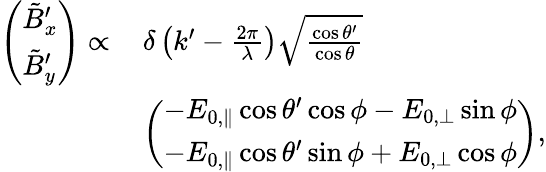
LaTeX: \begin{array}{rl}{\left(\begin{array}{l}{\tilde{B}_{x}^{\prime}}\\ {\tilde{B}_{y}^{\prime}}\end{array}\right)\propto\, }&{\delta\left(k^{\prime}-\frac{2\pi}{\lambda}\right)\sqrt{\frac{\cos\theta^{\prime}}{\cos\theta}}}\\ &{\left(\begin{array}{l}{-E_{0,\parallel}\cos\theta^{\prime}\cos\phi-E_{0,\perp}\sin\phi}\\ {-E_{0,\parallel}\cos\theta^{\prime}\sin\phi+E_{0,\perp}\cos\phi}\end{array}\right),}\end{array}